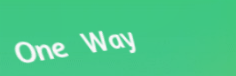
One Way